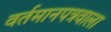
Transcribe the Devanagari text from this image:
वर्तमानपत्रवाला